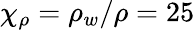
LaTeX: \chi_{\rho}=\rho_{w}/\rho=25